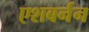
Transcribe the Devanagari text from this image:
एशबर्नन